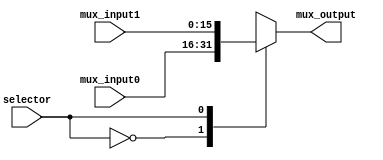
`timescale 1ns / 1ps

module mux32x1x16(
	 input [15:0] mux_input0,
    	 input [15:0] mux_input1,
    	 input selector,
    	 output reg [15:0] mux_output);
	 
	always @ (mux_input0 or mux_input1 or selector)
		begin
				case(selector)
					0:
						begin
							 mux_output = mux_input0;
						end
					1:
						begin
							 mux_output = mux_input1;
						end
				endcase
			end
endmodule